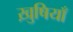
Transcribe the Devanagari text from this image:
ख़ुषियाँ